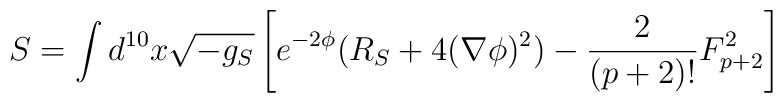
S = \int d^{10}x \sqrt{-g_S}  \left[e^{-2\phi} (R_S + 4 (\nabla\phi)^2 ) - \frac{2}{(p+2)!} F_{p+2}^2 \right]